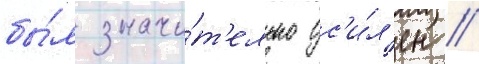
бы́л значи́т'ельно ус'и́л'ен //